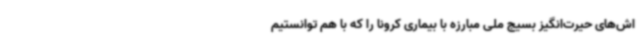
اش‌های حیرت‌انگیز بسیج ملی مبارزه با بیماری کرونا را که با هم توانستیم